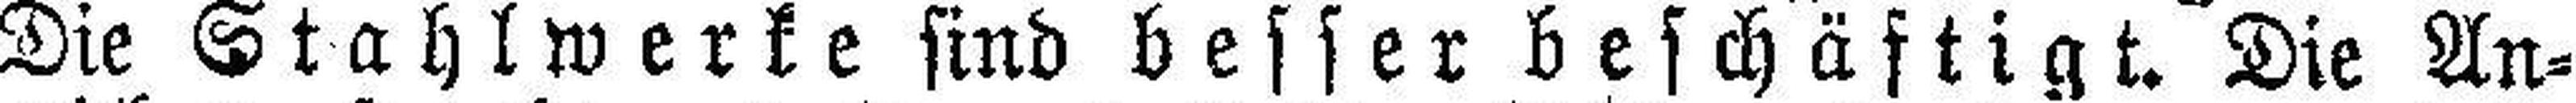
Die Stahlwerke sind besser beschäftigt. Die An¬